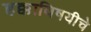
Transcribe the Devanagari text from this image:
हक्काविषयीचे